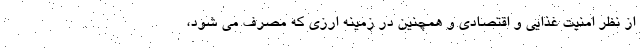
از نظر امنیت غذایی و اقتصادی و همچنین در زمینه ارزی که مصرف می شود،